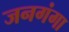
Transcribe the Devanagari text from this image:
जनगंगा